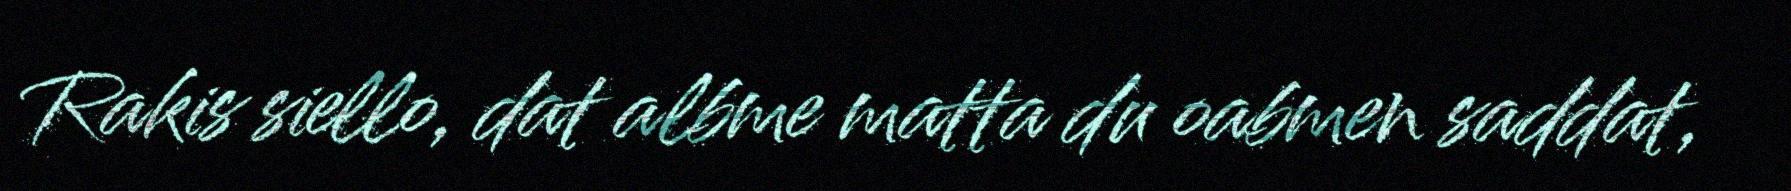
Rakis siello, dat albme matta du oabmen saddat,